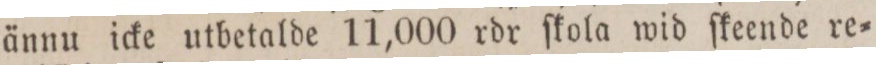
ännu icke utbetalde 11,000 rdr ſkola wid ſkeende re=